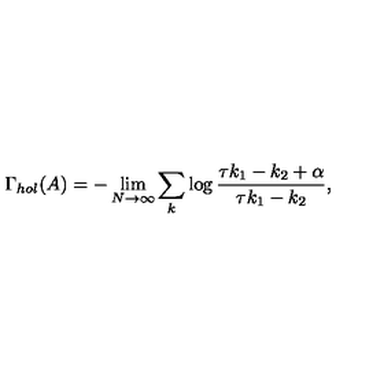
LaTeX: \Gamma _ { h o l } ( A ) = - \lim _ { N \to \infty } \sum _ { k } \log \frac { \tau k _ { 1 } - k _ { 2 } + \alpha } { \tau k _ { 1 } - k _ { 2 } } ,